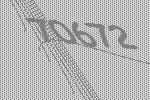
70672